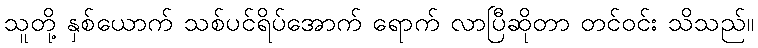
သူတို့ နှစ်ယောက် သစ်ပင်ရိပ်အောက် ရောက် လာပြီဆိုတာ တင်ဝင်း သိသည်။